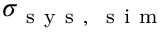
\sigma _ { \mathrm { ~ s ~ y ~ s ~ , ~ \mathrm { ~ s ~ i ~ m ~ } ~ } }